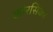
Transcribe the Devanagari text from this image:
कोरसिका